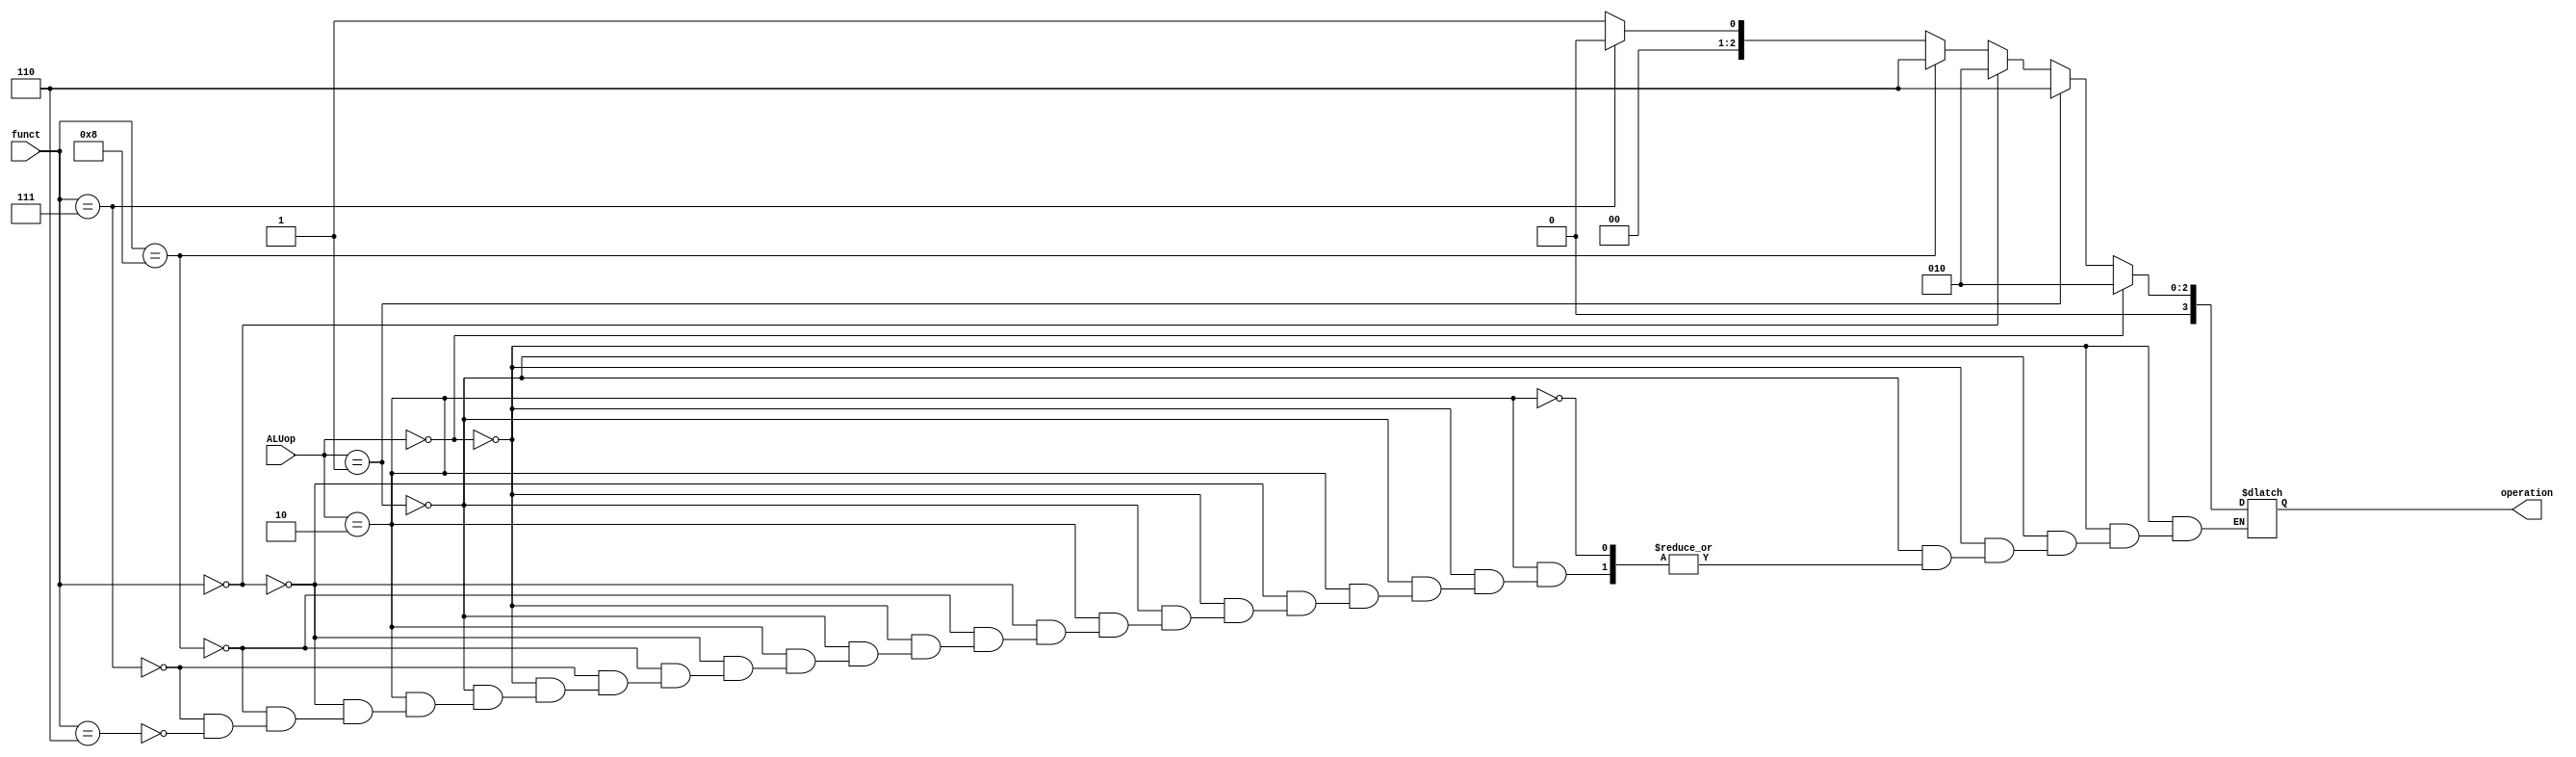
module ALUcontrol(
  input [1:0] ALUop,
  input [3:0] funct,
  output reg [3:0] operation);
  
  always @ (*)
    begin
      if (ALUop == 2'b00)
        operation = 4'b0010;
      else if (ALUop == 2'b01)
        operation = 4'b0110;
      else if (ALUop == 2'b10)
        begin
          if (funct == 4'b0)
            operation = 4'b0010;
          else if (funct == 4'b1000)
            operation = 4'b0110;
          else if (funct == 4'b0111)
            operation = 4'b0;
          else if (funct == 4'b0110)
            operation = 4'b1;
        end
    end
endmodule